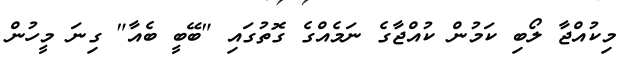
މިކުއްޖާ ލޯބި ކަމުން ކުއްޖާގެ ނަމެއްގެ ގޮތުގައި "ބޭބީ ބެއާ" ގިނަ މީހުން